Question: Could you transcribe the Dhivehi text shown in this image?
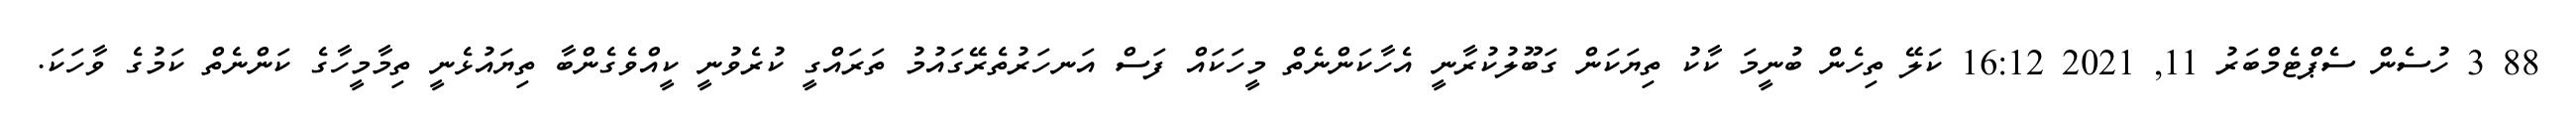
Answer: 88 3 ހުސެން ސެޕްޓެމްބަރު 11, 2021 16:12 ކަލޭ ތިހެން ބުނީމަ ކާކު ތިޔަކަން ގަބޫލުކުރާނީ އެހާކަންނެތް މީހަކައް ފަސް އަނހަރުތެރޭގައުމު ތަރައްގީ ކުރެވުނީ ކީއްވެގެންބާ ތިޔައުޅެނީ ތިމާމީހާގެ ކަންނެތް ކަމުގެ ވާހަކަ.